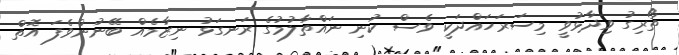
ތޯރިގު ވިދާޅުވީ މިސަރަހައްދަކީ ވެސް ކުނި ނައްތާލުމުގެ ރަނގަޅު ނިޒާމެއް ބޭނުންވެފަ އޮތް